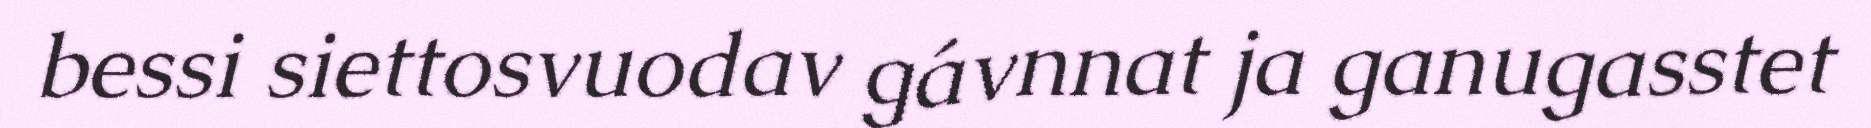
bessi siettosvuodav gávnnat ja ganugasstet